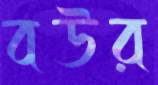
বউর